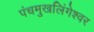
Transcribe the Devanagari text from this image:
पंचमुखलिंगेश्‍वर